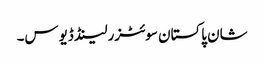
شان پاکستان سوئٹزرلینڈ ڈیوس۔